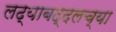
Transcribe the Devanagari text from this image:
लढ्याबद्दलच्या